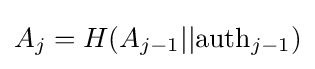
A_{j}=H(A_{j-1}||{\text{auth}}_{j-1})